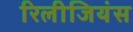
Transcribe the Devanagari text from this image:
रिलीजियंस